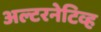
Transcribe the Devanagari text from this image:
अल्टरनेटिव्ह